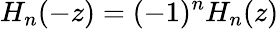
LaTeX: H_{n}(-z)=(-1)^{n}H_{n}(z)